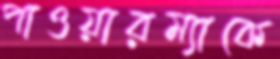
পাওয়ারম্যাকে